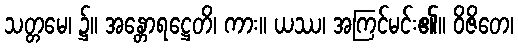
သတ္တမေ၊ ၌။ အန္တောရဋ္ဌေတိ၊ ကား။ ယဿ၊ အကြင်မင်း၏။ ဝိဇိတေ၊